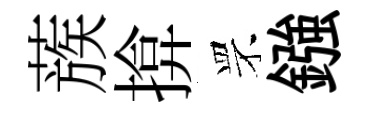
蔟揜罘鏹